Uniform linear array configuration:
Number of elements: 48
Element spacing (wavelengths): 0.25
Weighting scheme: blackman
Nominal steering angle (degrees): -45
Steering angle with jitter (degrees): -45.874
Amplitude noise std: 0.05
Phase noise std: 0.05

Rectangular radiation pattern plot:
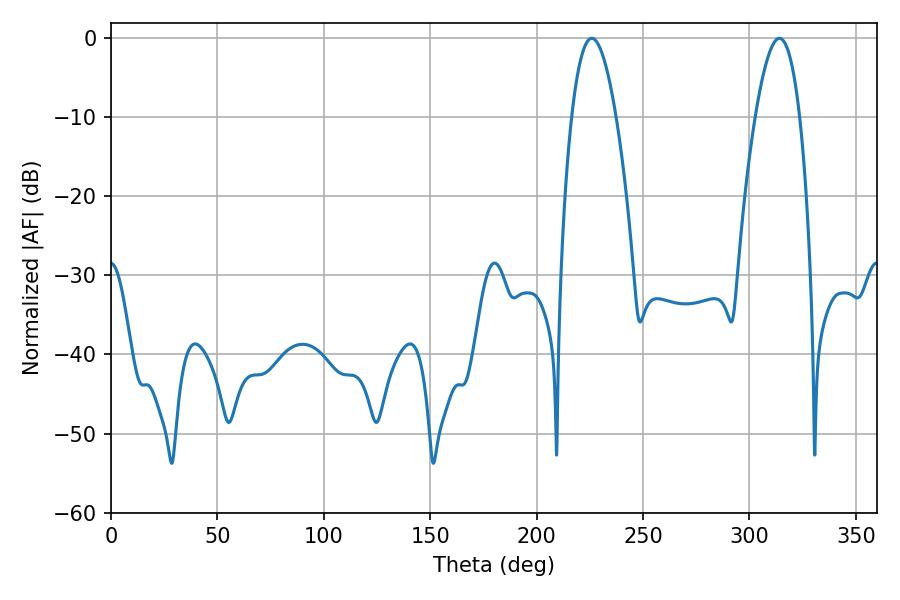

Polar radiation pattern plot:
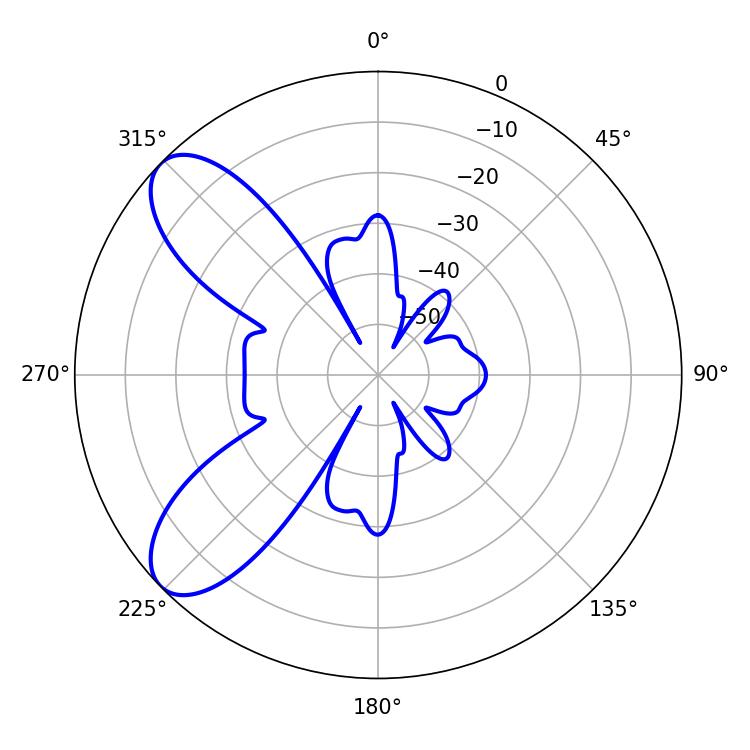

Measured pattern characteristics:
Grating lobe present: FALSE
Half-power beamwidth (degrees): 11.34
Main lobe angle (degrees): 225.9